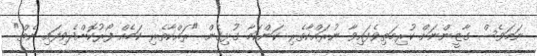
ނަމަވެސް ގާޒީންނަށް ކުރިމަތިވެފައިވާ ނުރައްކާތެރި ކަންކަމާ ގުޅިގެން "ރައްކާތެރި ކަމެއް ފޯރުކޮށްދެވިފައި ނެތް"